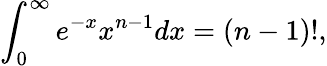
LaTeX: \int_{0}^{\infty}e^{-x}x^{n-1}dx=(n-1)!,